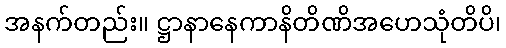
အနက်တည်း။ ဋ္ဌာနာနေကာနိတိဏိအဟေသုံတိပိ၊